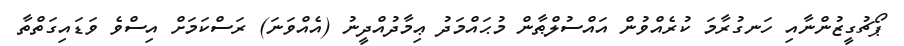
ޕޯޗުގީޒުންނާއި ހަނގުރާމަ ކުރެއްވުން އައްސުލްޠާން މުޙައްމަދު ޢިމާދުއްދީނު (އެއްވަނަ) ރަސްކަމަށް އިސްވެ ވަޑައިގަތްތާ